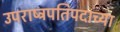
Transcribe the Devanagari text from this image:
उपराष्ट्रपतिपदाच्या